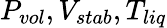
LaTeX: P_{vol},V_{stab},T_{liq}